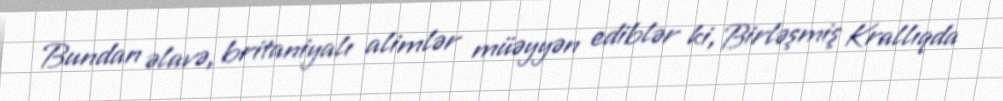
Bundan əlavə, britaniyalı alimlər müəyyən ediblər ki, Birləşmiş Krallıqda